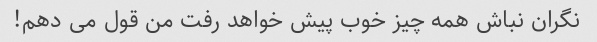
نگران نباش همه چیز خوب پیش خواهد رفت من قول می دهم!